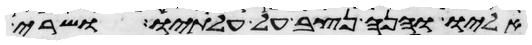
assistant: אליו והנה נצב על עלתיו ושרי